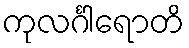
ကုလင်္ဂါရောတိ